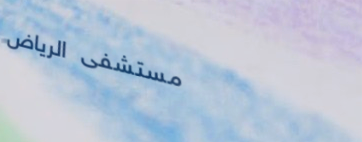
مستشفى الرياض